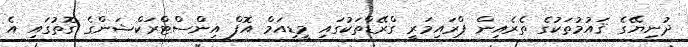
ދުނިޔޭގެ ޤައުމުތަކުގެ ތެރެއިން ޕްރައިމަރީ ގްރޭޑްތަކުގައި މީޑިއަމް އޮފް އިންސްޓްރަކްޝަންގެ ގޮތުގައި އެ